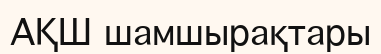
АҚШ шамшырақтары